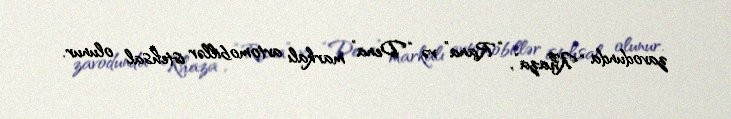
zavodunda “Khaza”, “Rana” və “Dena” markalı avtomobillər istehsal olunur.